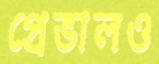
প্রেভালও